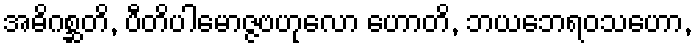
အဓိဂစ္ဆတိ, ပီတိပါမောဇ္ဇဗဟုလော ဟောတိ, ဘယဘေရဝသဟော,